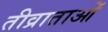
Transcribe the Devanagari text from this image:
तीव्राताओं